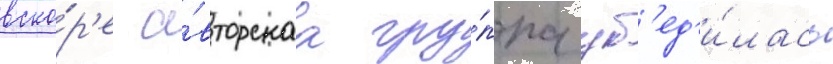
вско́р'е а́вторскаа гру́ппа уб'ед'и́лась